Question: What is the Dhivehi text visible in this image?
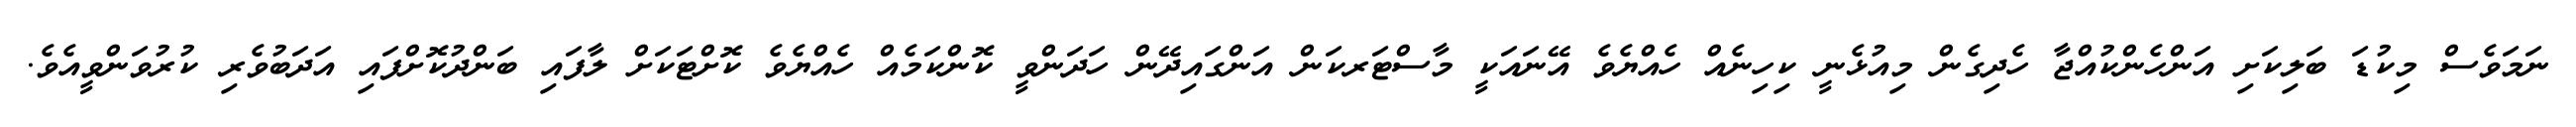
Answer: ނަމަވެސް މިކުޑަ ބަލިކަށި އަންހެންކުއްޖާ ހެދިގެން މިއުޅެނީ ކިހިނެއް ހެއްޔެވެ އޭނައަކީ މާސްޓަރކަން އަންގައިދޭން ހަދަންވީ ކޮންކަމެއް ހެއްޔެވެ ކޮށްޓަކަށް ލާފައި ބަންދުކޮށްފައި އަދަބުވެރި ކުރުވަންވީއެވެ.